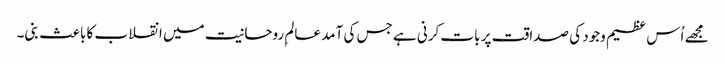
مجھے اُس عظیم وجود کی صداقت پر بات کرنی ہے جس کی آمد عالمِ روحانیت میں انقلاب کا باعث بنی۔